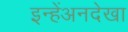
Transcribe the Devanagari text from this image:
इन्हेंअनदेखा